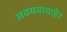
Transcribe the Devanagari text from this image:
अवयवाबाहेर